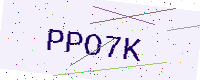
Text: PPO7K